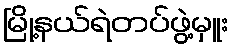
မြို့နယ်ရဲတပ်ဖွဲ့မှူး